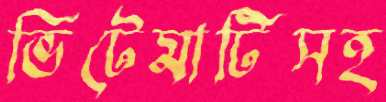
ভিটেমাটিসহ